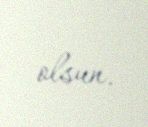
olsun.